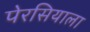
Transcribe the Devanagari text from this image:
पेरसियाला